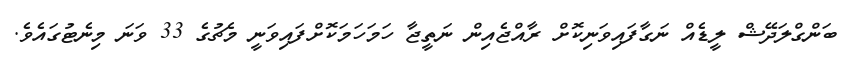
ބަންގްލަދޭޝް ލީޑެއް ނަގާފައިވަނިކޮށް ރާއްޖެއިން ނަތީޖާ ހަމަހަމަކޮށްފައިވަނީ މެޗުގެ 33 ވަނަ މިނެޓުގައެވެ.